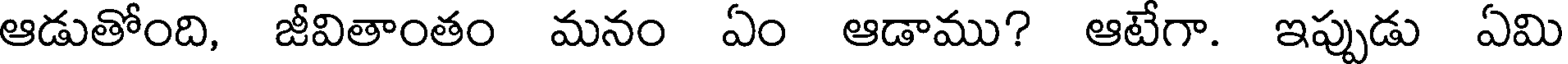
ఆడుతోంది, జీవితాంతం మనం ఏం ఆడాము? ఆటేగా. ఇప్పుడు ఏమి